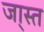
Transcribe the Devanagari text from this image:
जा्स्त